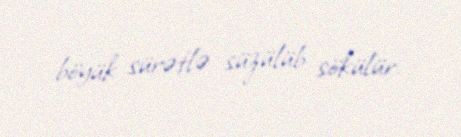
böyük sürətlə süzülüb sökülür.